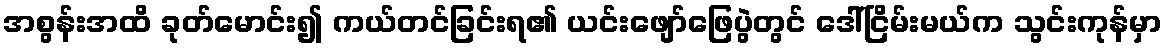
အစွန်းအထိ ခုတ်မောင်း၍ ကယ်တင်ခြင်းရ၏ ယင်းဖျော်ဖြေပွဲတွင် ဒေါ်ငြိမ်းမယ်က သွင်းကုန်မှာ